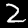
Digit: 2